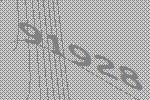
91928